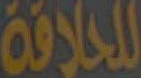
للحلاقة